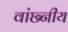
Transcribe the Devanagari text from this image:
वांछ्नीय